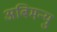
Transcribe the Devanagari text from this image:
अबिमन्यु